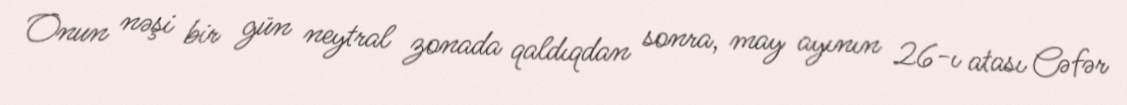
Onun nəşi bir gün neytral zonada qaldıqdan sonra, may ayının 26-ı atası Cəfər